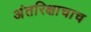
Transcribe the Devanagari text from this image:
अंतरिक्षाचाच